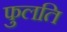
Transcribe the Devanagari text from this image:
फुलति